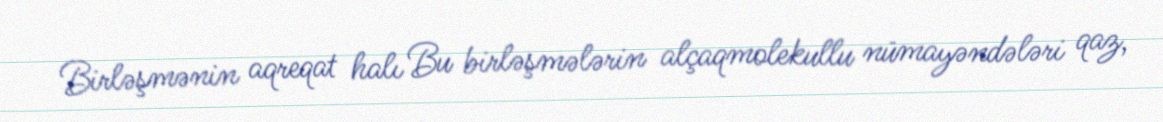
Birləşmənin aqreqat halı Bu birləşmələrin alçaqmolekullu nümayəndələri qaz,